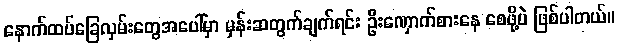
နောက်ထပ်ခြေလှမ်းတွေအပေါ်မှာ မှန်းဆတွက်ချက်ရင်း ဦးဏှောက်စားနေ စေဖို့ပဲ ဖြစ်ပါတယ်။